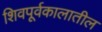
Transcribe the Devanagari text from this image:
शिवपूर्वकालातील